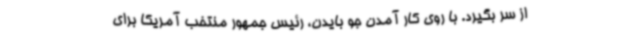
از سر بگیرد. با روی کار آمدن جو بایدن، رئیس جمهور منتخب آمریکا برای